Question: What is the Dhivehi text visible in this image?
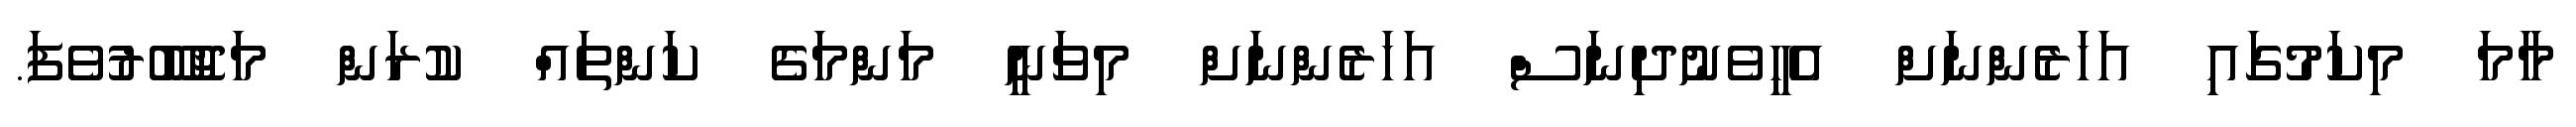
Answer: މާމަ މިކަމުގައި އަހަރެންނަށް އެހީވެނުދިނަސް އަހަރެންނަށް މިވަނީ މަންމަގެ ކަންތައް ކުރަން މަޖުބޫރުވެފަ.